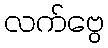
လက်ဗွေ